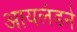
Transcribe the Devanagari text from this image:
आयलंडने